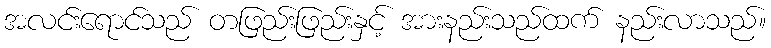
အလင်းရောင်သည် တဖြည်းဖြည်းနှင့် အားနည်းသည်ထက် နည်းလာသည်။